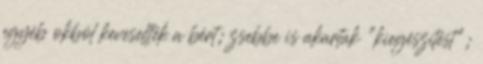
egyéb okból kevesellték a bért; zsebbe is akartak "kiegészítést";